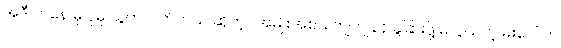
အဲဒီ ကနေ မှ ပိုမို သွက်လက်တယ် ဆိုတဲ့ ၊ အမျိုးအစား ကျကျနန ခွဲခြားဖို့ မလွယ်တဲ့ မိုးပေါ် က